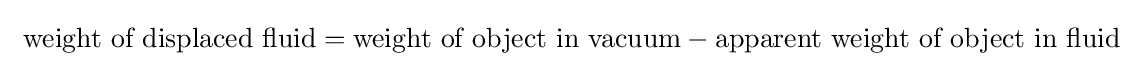
{\text{ weight of displaced fluid}}={\text{weight of object in vacuum}}-{\text{apparent weight of object in fluid}}